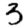
Digit: 3